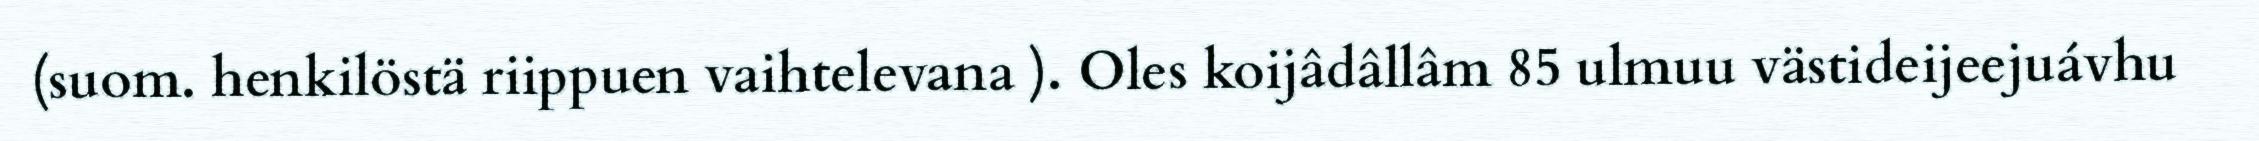
(suom. henkilöstä riippuen vaihtelevana ). Oles koijâdâllâm 85 ulmuu västideijeejuávhu